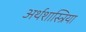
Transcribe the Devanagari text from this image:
अर्थशास्त्रिया